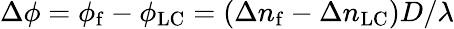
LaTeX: \Delta\phi=\phi_{\mathrm{f}}-\phi_{\mathrm{LC}}=(\Delta n_{\mathrm{f}}-\Delta n_{\mathrm{LC}})D/\lambda